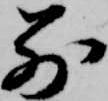
別